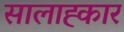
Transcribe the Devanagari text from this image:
सालाह्कार